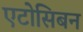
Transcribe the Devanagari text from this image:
एटोसिबन